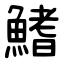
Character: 鰭